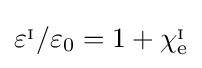
\varepsilon ^{_{\mathrm {I} }}/\varepsilon _{0}=1+\chi _{\mathrm {e} }^{_{\mathrm {I} }}